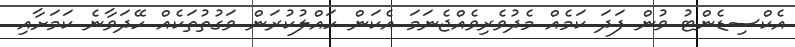
އެކްސިޑެންޓު ވުން ފަދަ ކަމެއް މެދުވެރިވެއްޖެނަމަ އެކަން ހައްލުކުރަން ވަގުތުތަކެއް ހޭދަވާނެ ކަމަށާއި